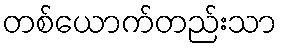
တစ်ယောက်တည်းသာ